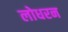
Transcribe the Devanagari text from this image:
लोधरन